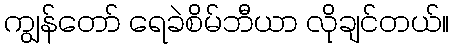
ကျွန်တော် ရေခဲစိမ်ဘီယာ လိုချင်တယ်။